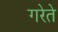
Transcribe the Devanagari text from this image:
गरेते